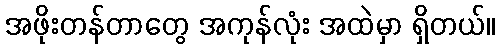
အဖိုးတန်တာတွေ အကုန်လုံး အထဲမှာ ရှိတယ်။